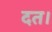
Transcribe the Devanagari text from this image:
दत।